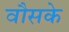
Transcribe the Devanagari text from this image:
वौसके